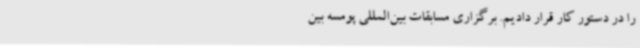
را در دستور کار قرار دادیم. برگزاری مسابقات بین‌المللی پومسه بین‌